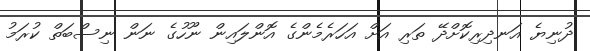
ދުނިޔެ އަނދިރިކޮށްދޭ ތަރި އަށް އަހަރެމެންގެ އޮންލައިން ނޫހުގެ ނަން ނިސްބަތް ކުރަމު